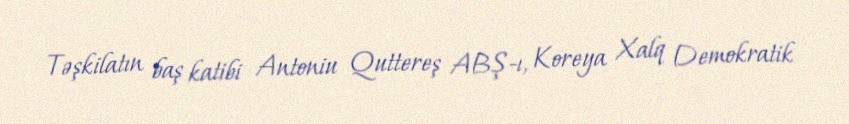
Təşkilatın baş katibi Antoniu Quttereş ABŞ-ı, Koreya Xalq Demokratik